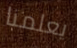
يعلمنا